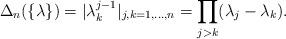
LaTeX: \begin{align*}\Delta_n(\{\lambda\})=|\lambda_k^{j-1}|_{j,k=1,...,n} =\prod_{j>k}(\lambda_j-\lambda_k).\end{align*}